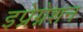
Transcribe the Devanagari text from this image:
इप्रेग्नेशन